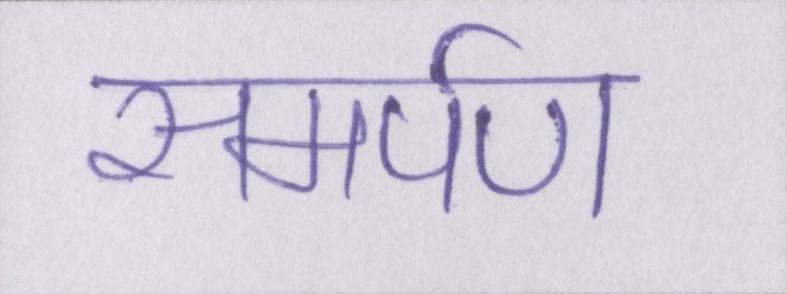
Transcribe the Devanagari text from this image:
समर्पण